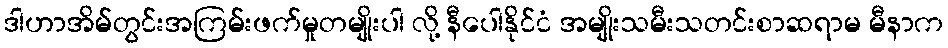
ဒါဟာအိမ်တွင်းအကြမ်းဖက်မှုတမျိုးပါ လို့ နီပေါနိုင်ငံ အမျိုးသမီးသတင်းစာဆရာမ မီနာက